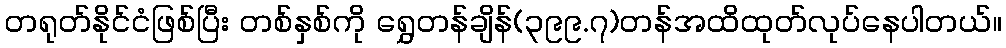
တရုတ်နိုင်ငံဖြစ်ပြီး တစ်နှစ်ကို ရွှေတန်ချိန်(၃၉၉.၇)တန်အထိထုတ်လုပ်နေပါတယ်။